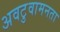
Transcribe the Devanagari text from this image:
अवटुवामनता